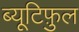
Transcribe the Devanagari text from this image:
ब्यूटिफ़ुल